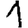
Digit: 1